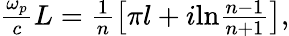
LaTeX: \begin{array}{r}{\frac{\omega_{p}}{c}L=\frac{1}{n}\left[\pi l+i\textrm{ln}\frac{n-1}{n+1}\right],}\end{array}